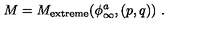
M = M _ { \mathrm { { e x t r e m e } } } ( \phi _ { \infty } ^ { a } , ( p , q ) ) \ .